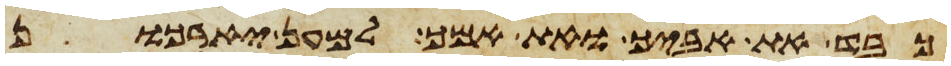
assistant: כבד את אביך ואת אמך למען יארכון